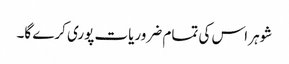
شوہر اس کی تمام ضروریات پوری کرے گا۔